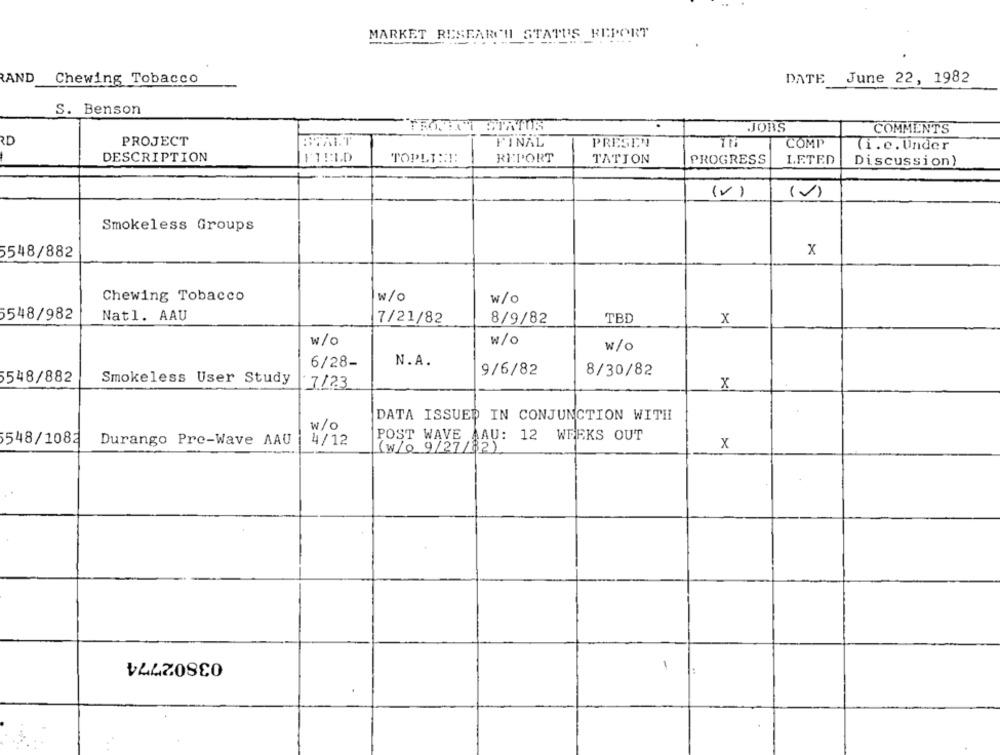
MARKET RESEARCH STATUS REPORT
RAND
Chewing Tobacco
DATE
June 22, 1982
S. Benson
TRAJET SURTOS
JOBS
COMMENTS
2D
PROJECT
FINAL
PRESEN
COMP
(i.e. Under
DESCRIPTION
TOPLE:JE
REPORT
TATION
PROGRESS
LETED
Discussion)
(V )
()
Smokeless Groups
5548/882
x
Chewing Tobacco
w/o
w/o
548/982
Natl. AAU
7/21/82
8/9/82
TBD
x
w/o
w/o
w/o
N.A.
6/28-
9/6/82
8/30/82
5548/882
Smokeless User Study
7123
X
DATA ISSUED IN CONJUNCTION WITH
w/o
POST WAVE AAU: 12 WEEKS OUT
548/1082
Durango Pre-Wave AAU
4/12
x
(w/0 9/27/82)
03802774
-